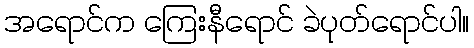
အရောင်က ကြေးနီရောင် ခဲပုတ်ရောင်ပါ။